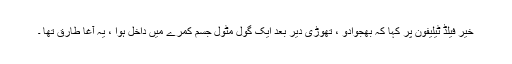
خیر فیلڈ ٹیلیفون پر کہا کہ بھجوادو ، تھوڑی دیر بعد ایک گول مٹول جسم کمرے میں داخل ہوا ، یہ آغا طارق تھا ۔